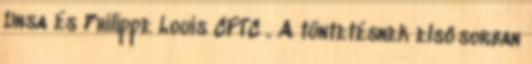
Unsa és Philippe Louis CFTC . A tüntetésnek elsősorban